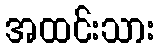
အထင်းသား